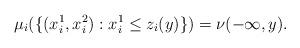
LaTeX: \begin{align*}\mu_i(\{(x_i^1,x_i^2):x_i^1 \leq z_i(y)\}) = \nu(-\infty,y).\end{align*}